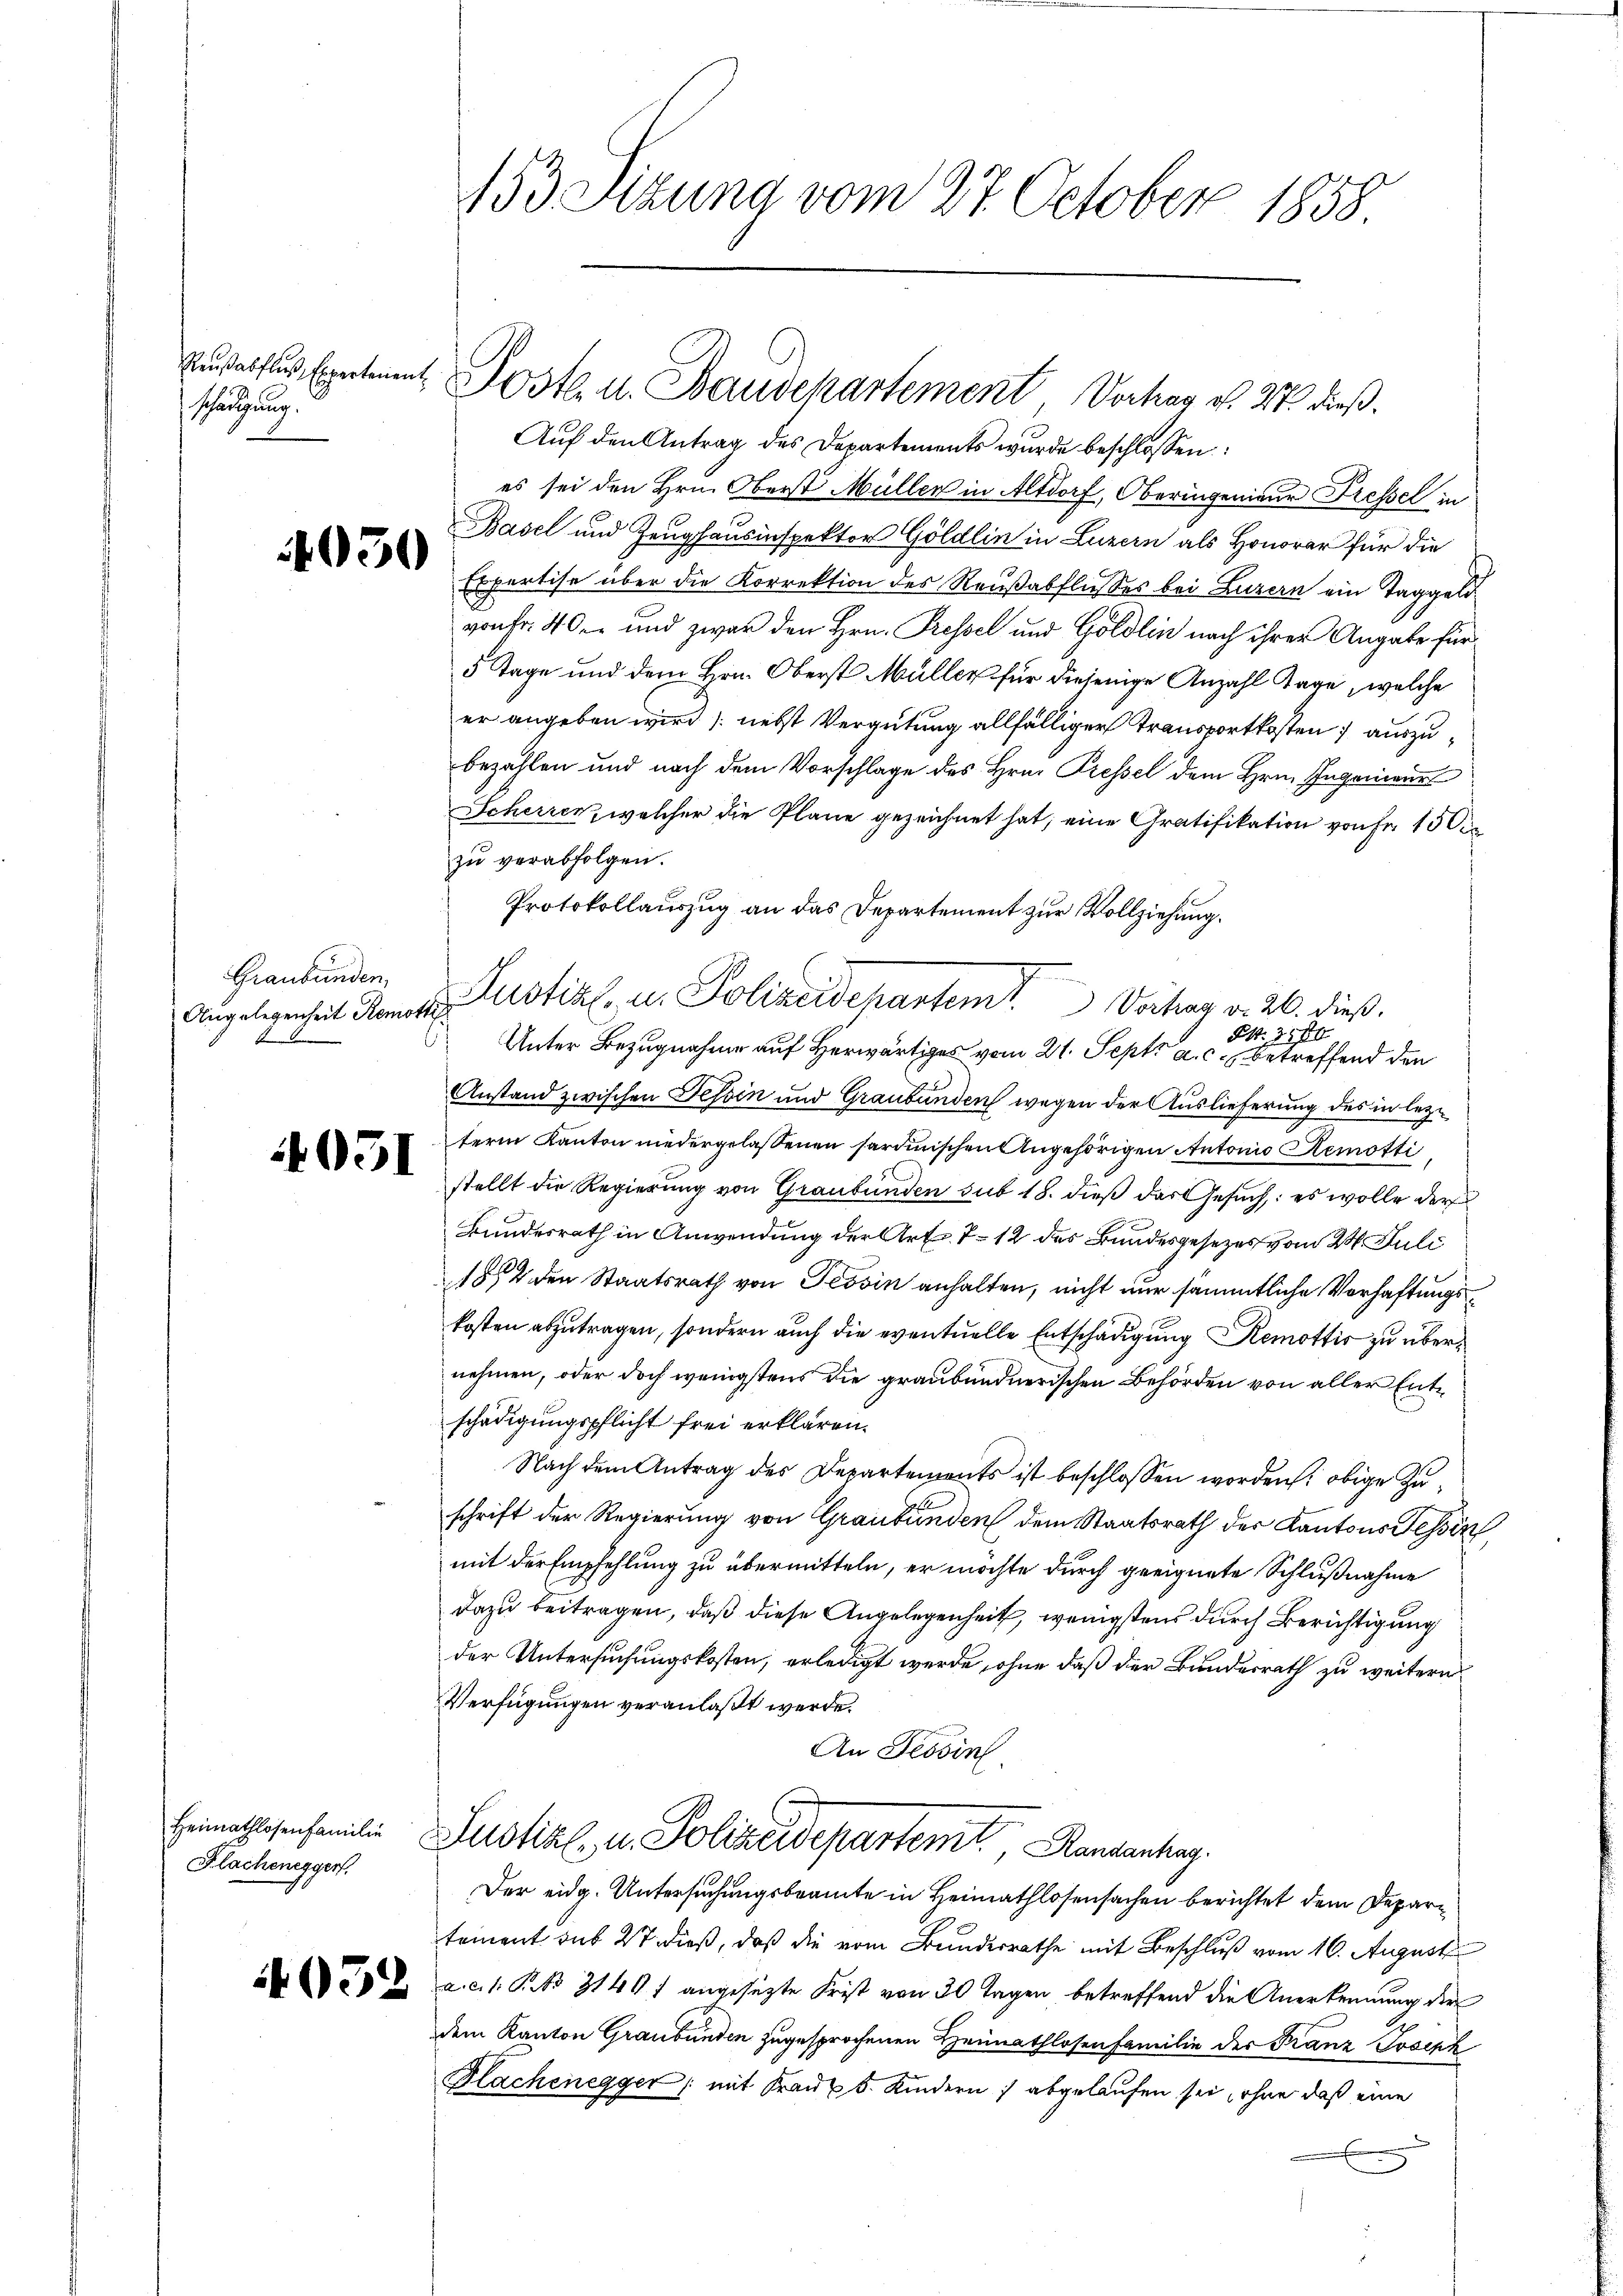
Kausabfluß, Expertement
Schätzung.

030

Graubünden,

Heimathlosenfamilie
Flachenegger.

052

153 Sitzung vom 27. October 1858.

Poste u. Baudepartement Verhar v. 27. dieß.

Auf den Antrag des Departements wurde beschlossen:
es sei den Hrn. Oberst Müllen in Altdorf, Oberingenieur Fressel in
Basel und Zeughausinspektor Göldlin in Luzern als Honorar für die
Erpertise über die Korrektion des Reußabflusses bei Luzern ein TaggeldvonFr. 40 und zwar den Hrn. Pressel und Göldlin nach ihrer Angabe für
5 Tage und dem Hrn. Oberst Müller für diejenige Anzahl Tage, welche
er angeben wird (nebst Vergütung allfälliger Transportkosten auszubezahlen und nach dem Vorschlage des Hrn. Pressel dem Hrn. Ingenieur
Scherren, welcher die Pläne gezeichnet hat, eine Gratifikation von Fr. 15 O
zu verabfolgen.
Protokollauszug an das Departement zur Vollziehung.
Angelegenheit Romatistikl. u. Polizeidepantemt. Vortrag d. 26. dieß.
S. 3500
Unter Bezugnahme auf Herwärtiges vom 21. Sept. a. c. betreffend den
Anstand zwischen Tessin und Graubünden wegen der Auslieferung des in lezterm Kanton niedergelassenen sardinischen Angehörigen Antonio Remotti
 2 stellt die Regierung von Graubünden sub 18. dieß das Gesuch: es wolle der
Bundesrath in Anwendung der Art. 7. 12 des Bundesgesezes vom 24. Juli
1854 den Staatsrath von Tessin anhalten, nicht nur sämmtliche Verhaftungs
kosten abzutragen, sondern auch die eventuelle Entschädigung Remottis zu übernehmen, oder doch wenigstens die graubündnerischen Behörden von aller Entschädigungspflicht frei erklären.
Nach dem Antrag des Departements ist beschlossen worden, obige Zuschrift der Regierung von Graubünden dem Staatsrath der Kantons Tessin,
mit der Empfehlung zu übermitteln, er möchte durch geeignete Schlußnahme
dazu beitragen, daß diese Angelegenheit, wenigstens durch Berichtigung
der Untersuchungskosten, erledigt werde, ohne daß der Bundesrath zu weitern.
Verfügungen veranlaßt werde.
An Tessin
Justiz- u. Polizeidepartem Randantrag
Der eidg. Untersuchungsbeamte in Heimathlosensachen berichtet dem Departement sub 27 dieß, daß die vom Bundesrathe mit Beschluß vom 16. August
a. c. 1. P. No 3140 f angesetzte Frist von 30 Tagen betreffend die Anerkennung der
dem Kanton Graubünden zugesprochenen Heimathlosenfamilie der Franz Joseph
Hachenegger (mit Krank 5. Kindern abgelaufen sei, ohne daß eine